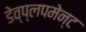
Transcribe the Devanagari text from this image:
डेव्प्लपमेन्ट